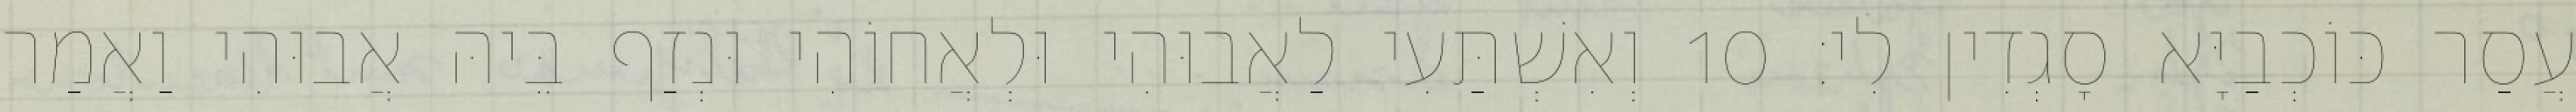
עֲסַר כּוֹכְבַיָּא סָגְדִין לִי׃ 10 וְאִשְׁתַּעִי לַאֲבוּהִי וּלְאֲחוֹהִי וּנְזַף בֵּיהּ אֲבוּהִי וַאֲמַר